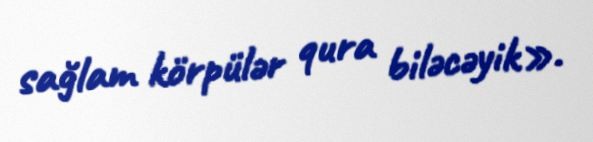
sağlam körpülər qura biləcəyik».